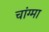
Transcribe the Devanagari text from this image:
चांग्मा